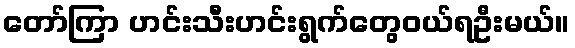
တော်ကြာ ဟင်းသီးဟင်းရွက်တွေဝယ်ရဦးမယ်။